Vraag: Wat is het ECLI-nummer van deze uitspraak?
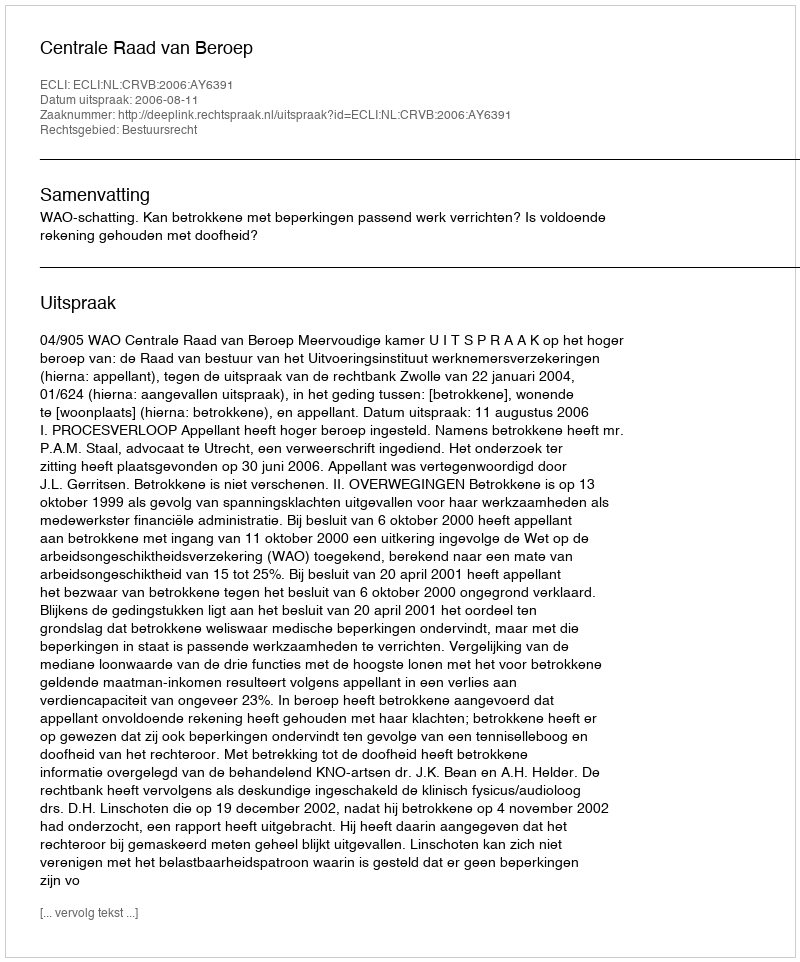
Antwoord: ECLI:NL:CRVB:2006:AY6391